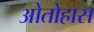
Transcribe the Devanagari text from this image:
ओतोहास